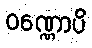
ဝဏ္ဏောပိ